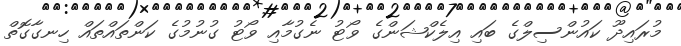
މުރައިދޫ ކައުންސިލްގެ ބައި އިލެކްޝަންގެ ވޯޓު ނެގުމާއި ވޯޓު ގުނުމުގެ ކަންތައްތައް ހިނގާގޮތް